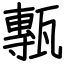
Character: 甎